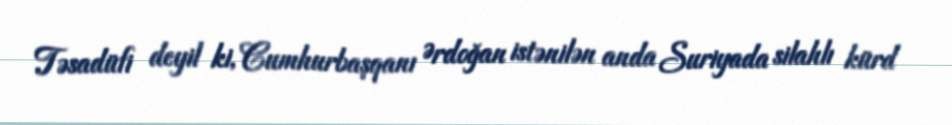
Təsadüfi deyil ki, Cumhurbaşqanı Ərdoğan istənilən anda Suriyada silahlı kürd